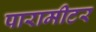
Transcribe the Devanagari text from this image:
पारामीटर